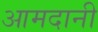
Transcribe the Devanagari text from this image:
आमदानी